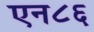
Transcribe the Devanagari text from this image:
एन८६